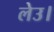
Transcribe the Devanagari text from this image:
लेउ।